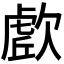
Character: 𭭔